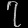
Digit: ၇